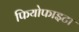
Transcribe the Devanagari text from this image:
फियोफाइटा